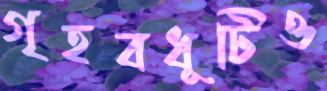
গৃহবধূটিও